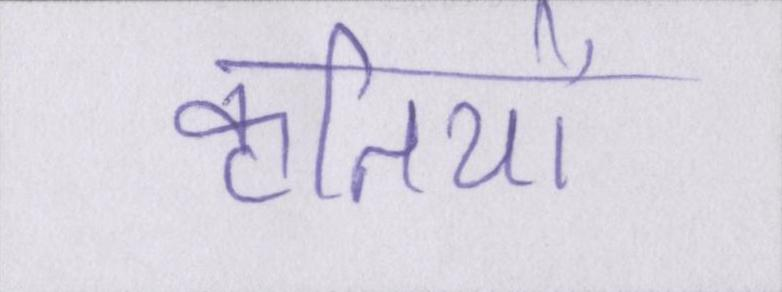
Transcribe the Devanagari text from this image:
कृतियों